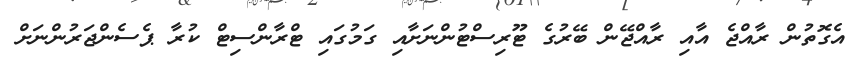
އެގޮތުން ރާއްޖެ އާއި ރާއްޖޭން ބޭރުގެ ޓޫރިސްޓުންނަށާއި ގަމުގައި ޓްރާންސިޓް ކުރާ ޕެސެންޖަރުންނަށް